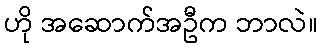
ဟို အဆောက်အဦက ဘာလဲ။